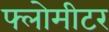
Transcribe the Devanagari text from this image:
फ्लोमीटर